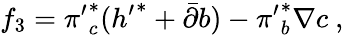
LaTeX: f_{3}={\pi^{\prime}}_{c}^{*}({h^{\prime}}^{*}+{\bar{\partial}}b)-{\pi^{\prime}}_{b}^{*}\nabla c\ ,